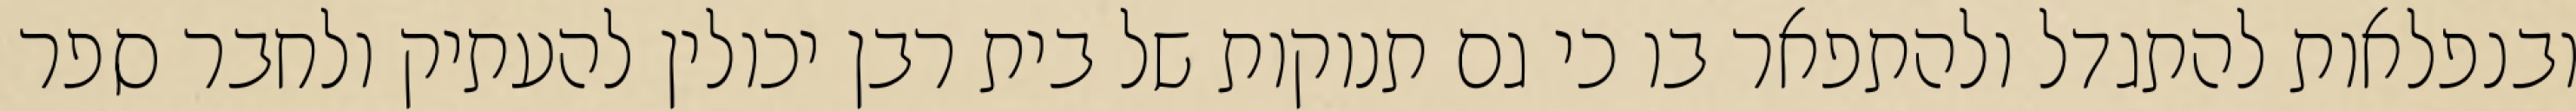
ובנפלאות להתגדל ולהתפאר בו כי גם תנוקות של בית רבן יכולין להעתיק ולחבר ספר